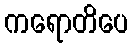
ကရောတိပေ